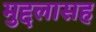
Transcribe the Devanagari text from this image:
मुद्दलासह